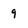
Character: 9